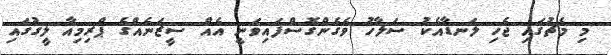
މި މެޗުގައި ޖެހި ލަނޑާއެކު ސަލާހު ވެގެންގޮސްފައިވަނީ އެއް ސީޒަނެއްގެ ޕްރިމިއާ ލީގުގައި